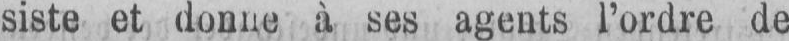
à ses agents l’ordre de